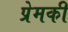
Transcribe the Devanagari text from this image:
प्रेमकी